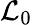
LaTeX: \mathcal{L}_{0}